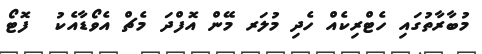
މުބާރާތުގައި ހެޓްރިކެއް ހެދި މުލަރ މޭން އޮފްދަ މެޗް އެވޯޑާއެކު  ފޮޓޯ